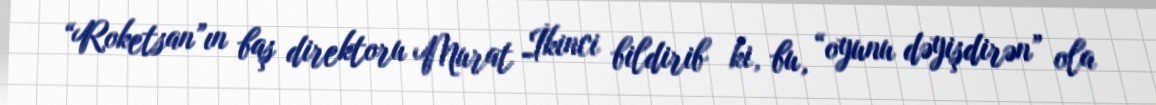
“Roketsan”ın baş direktoru Murat İkinci bildirib ki, bu, “oyunu dəyişdirən” ola